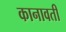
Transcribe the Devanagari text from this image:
कानावती